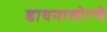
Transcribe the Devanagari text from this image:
डायनासोरचे